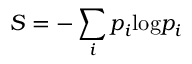
S = - \sum _ { i } p _ { i } \mathrm { l o g } p _ { i }